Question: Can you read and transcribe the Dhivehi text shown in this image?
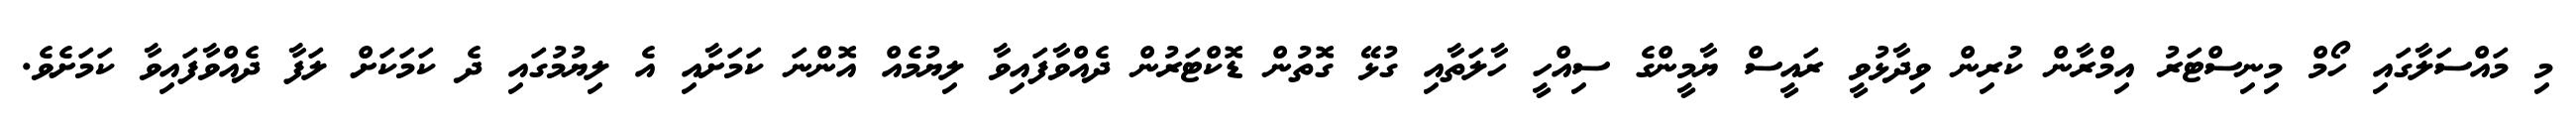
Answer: މި މައްސަލާގައި ހޯމް މިނިސްޓަރު އިމްރާން ކުރިން ވިދާޅުވީ ރައީސް ޔާމީންގެ ސިއްހީ ހާލަތާއި ގުޅޭ ގޮތުން ޑޮކްޓަރުން ދެއްވާފައިވާ ލިޔުމެއް އޮންނަ ކަމަށާއި އެ ލިޔުމުގައި ދެ ކަމަކަށް ލަފާ ދެއްވާފައިވާ ކަމަށެވެ.